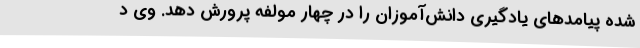
شده پیامدهای یادگیری دانش‌آموزان را در چهار مولفه پرورش دهد. وی د